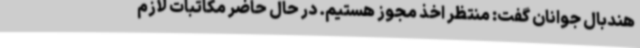
هندبال جوانان گفت: منتظر اخذ مجوز هستیم. در حال حاضر مکاتبات لازم